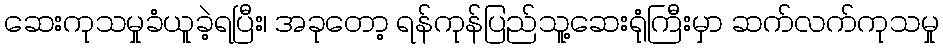
ဆေးကုသမှုခံယူခဲ့ရပြီး၊ အခုတော့ ရန်ကုန်ပြည်သူ့ဆေးရုံကြီးမှာ ဆက်လက်ကုသမှု